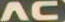
AC